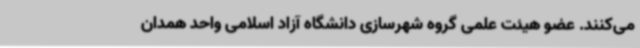
می‌کنند. عضو هیئت علمی گروه شهرسازی دانشگاه آزاد اسلامی واحد همدان